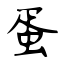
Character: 蛋